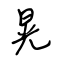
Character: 晃